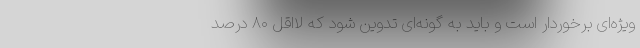
ویژه‌ای برخوردار است و باید به گونه‌ای تدوین شود که لااقل ۸۰ درصد